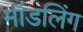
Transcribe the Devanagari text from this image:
मॉडलिंग